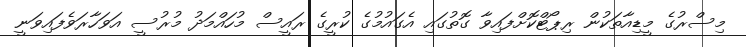
މިސްރުގެ މީޑިއާތަކުން ރިޕޯޓްކޮށްފައިވާ ގޮތުގައި އެގައުމުގެ ކުރީގެ ރައީސް މުހައްމަދު މުރުސީ އަވަހާރަވެފައިވަނީ